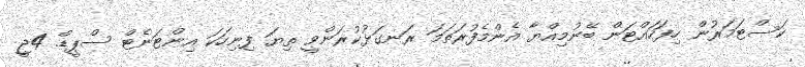
ކަސްޓަމަރުން ހިފަހައްޓަން ބޭނުމިއްޔާ އެންމެފުރަތަމަ ރަނގަޅުކުރަންވީ ތިޔަ ފިނިހަކަ އިންޓަނެޓް ސްޕީޑް. 4ޖީ